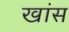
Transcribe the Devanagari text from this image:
खांस